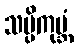
သပ္ပိကုမ္ဘံ